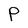
Character: P